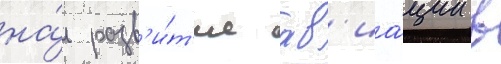
на́ разв'и́т'ие ав'иа́ции в